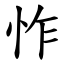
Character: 怍